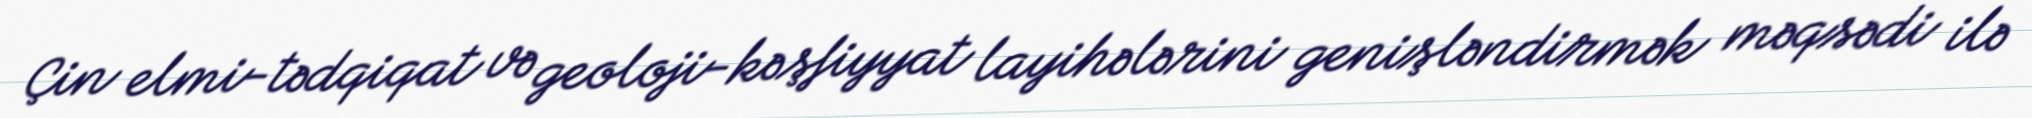
Çin elmi-tədqiqat və geoloji-kəşfiyyat layihələrini genişləndirmək məqsədi ilə